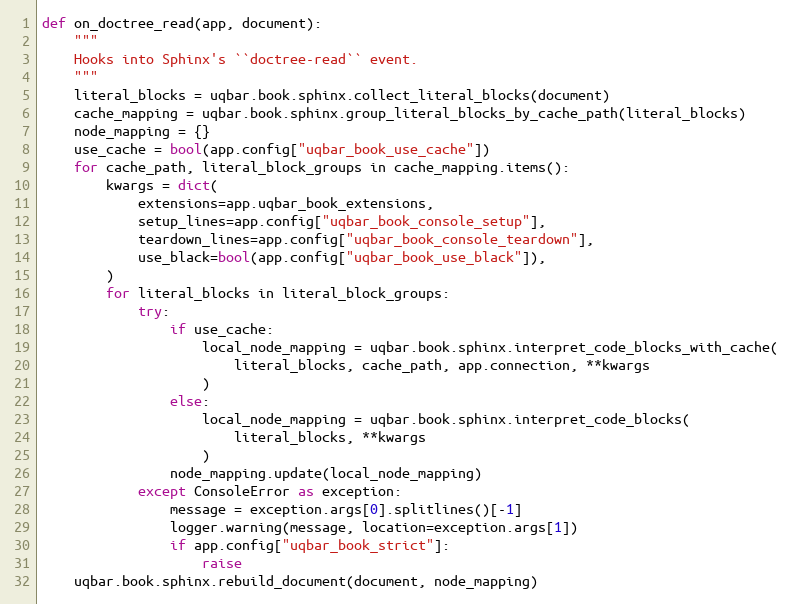
Language: Python
def on_doctree_read(app, document):
    """
    Hooks into Sphinx's ``doctree-read`` event.
    """
    literal_blocks = uqbar.book.sphinx.collect_literal_blocks(document)
    cache_mapping = uqbar.book.sphinx.group_literal_blocks_by_cache_path(literal_blocks)
    node_mapping = {}
    use_cache = bool(app.config["uqbar_book_use_cache"])
    for cache_path, literal_block_groups in cache_mapping.items():
        kwargs = dict(
            extensions=app.uqbar_book_extensions,
            setup_lines=app.config["uqbar_book_console_setup"],
            teardown_lines=app.config["uqbar_book_console_teardown"],
            use_black=bool(app.config["uqbar_book_use_black"]),
        )
        for literal_blocks in literal_block_groups:
            try:
                if use_cache:
                    local_node_mapping = uqbar.book.sphinx.interpret_code_blocks_with_cache(
                        literal_blocks, cache_path, app.connection, **kwargs
                    )
                else:
                    local_node_mapping = uqbar.book.sphinx.interpret_code_blocks(
                        literal_blocks, **kwargs
                    )
                node_mapping.update(local_node_mapping)
            except ConsoleError as exception:
                message = exception.args[0].splitlines()[-1]
                logger.warning(message, location=exception.args[1])
                if app.config["uqbar_book_strict"]:
                    raise
    uqbar.book.sphinx.rebuild_document(document, node_mapping)